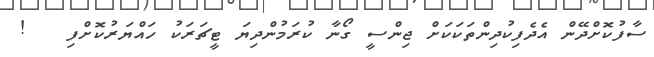
ސާފުކޮށްދޭން އެދެފިކުދިންތަކަކަށް ޖިންސީ ގޯނާ ކުރަމުންދިޔަ ޓީޗަރަކު ހައްޔަރުކޮށްފި   !